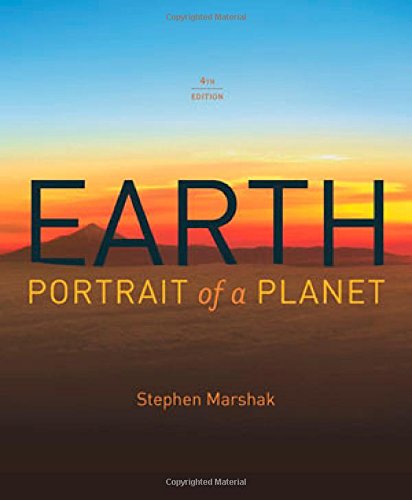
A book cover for Earth: Portrait of a Planet (Fourth Edition); Stephen Marshak; Science & Math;